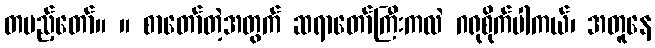
တပည့်တော်။ ။ စာတော်တဲ့အတွက် ဆရာတော်ကြီးကလဲ ဂရုစိုက်ပါကယ်၊ အတူနေ